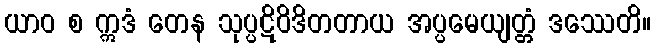
ယာဝ စ ဣဒံ တေန သုပ္ပဋိဝိဒိတတာယ အပ္ပမေယျတ္တံ ဒဿေတိ။